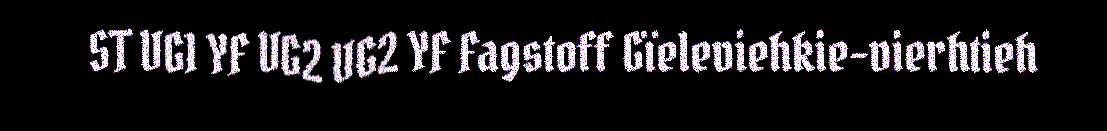
ST VG1 YF VG2 VG2 YF Fagstoff Gïeleviehkie-vierhtieh